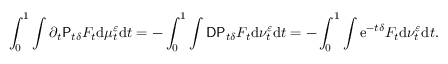
\int _ { 0 } ^ { 1 } \int \partial _ { t } \mathsf { P } _ { t \delta } F _ { t } \mathrm { d } \mu _ { t } ^ { \varepsilon } \mathrm { d } t = - \int _ { 0 } ^ { 1 } \int \mathsf { D } \mathsf { P } _ { t \delta } F _ { t } \mathrm { d } \nu _ { t } ^ { \varepsilon } \mathrm { d } t = - \int _ { 0 } ^ { 1 } \int \mathrm { e } ^ { - t \delta } F _ { t } \mathrm { d } \nu _ { t } ^ { \varepsilon } \mathrm { d } t .